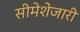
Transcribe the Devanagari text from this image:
सीमेशेजारी